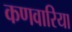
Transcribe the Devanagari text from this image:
कणवारिया